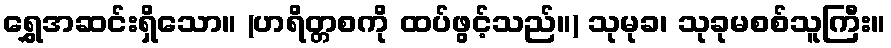
ရွှေအဆင်းရှိသော။ (ဟရိတ္တစကို ထပ်ဖွင့်သည်။) သုမုခ၊ သုခုမစစ်သူကြီး။